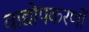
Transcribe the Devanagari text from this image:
वाद्योपकरणों